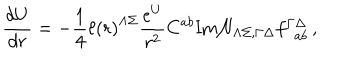
{ \frac { d { U } } { d r } } = - { \frac { 1 } { 4 } } \ell \left( r \right) ^ { \Lambda \Sigma } { \frac { e ^ { U } } { r ^ { 2 } } } C ^ { a b } \mathrm { I m } { \cal N } _ { \Lambda \Sigma , \Gamma \Delta } f _ { ~ ~ a b } ^ { \Gamma \Delta } \, ,